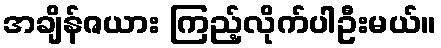
အချိန်ဇယား ကြည့်လိုက်ပါဦးမယ်။